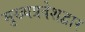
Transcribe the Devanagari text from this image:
मुख्यप्रवेशद्वार